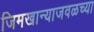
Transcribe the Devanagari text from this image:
जिमखान्याजवळच्या